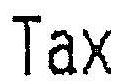
TAX